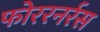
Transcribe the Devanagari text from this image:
फोररनर्रस